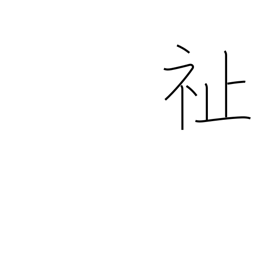
Meaning: welfare